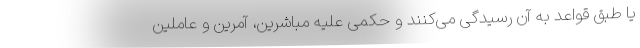
یا طبق قواعد به آن رسیدگی می‌کنند و حکمی علیه مباشرین، آمرین و عاملین